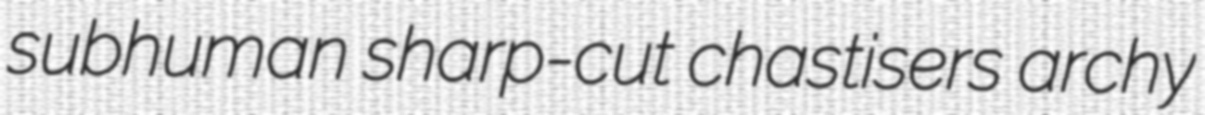
subhuman sharp-cut chastisers archy